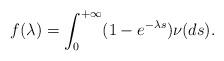
LaTeX: \begin{align*}f(\lambda)=\int_0^{+\infty}(1-e^{-\lambda s})\nu(ds).\end{align*}